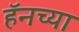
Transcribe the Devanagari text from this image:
हॅनच्या